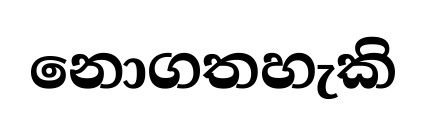
නොගතහැකි